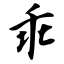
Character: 乖